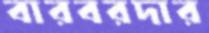
বারবরদার